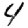
Digit: 4